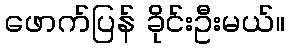
ဖောက်ပြန် ခိုင်းဦးမယ်။